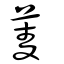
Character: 菱